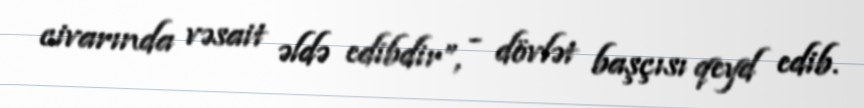
civarında vəsait əldə edibdir”, - dövlət başçısı qeyd edib.